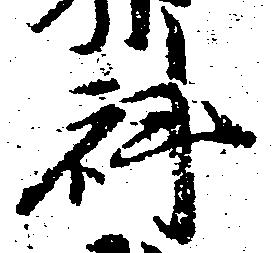
科